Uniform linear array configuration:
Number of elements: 4
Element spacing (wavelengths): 0.25
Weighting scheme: hann
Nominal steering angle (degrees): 15
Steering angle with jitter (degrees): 15.308
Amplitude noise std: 0.05
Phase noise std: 0.05

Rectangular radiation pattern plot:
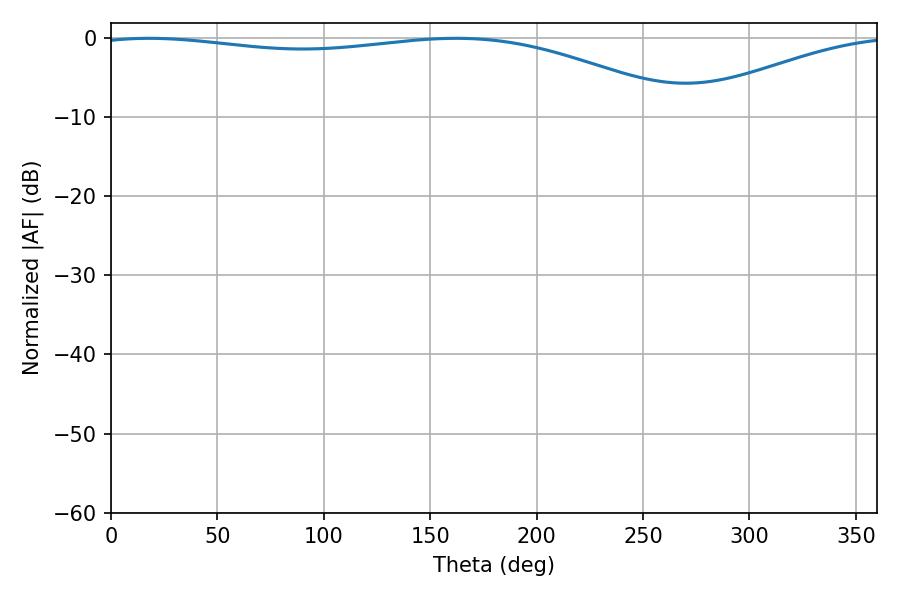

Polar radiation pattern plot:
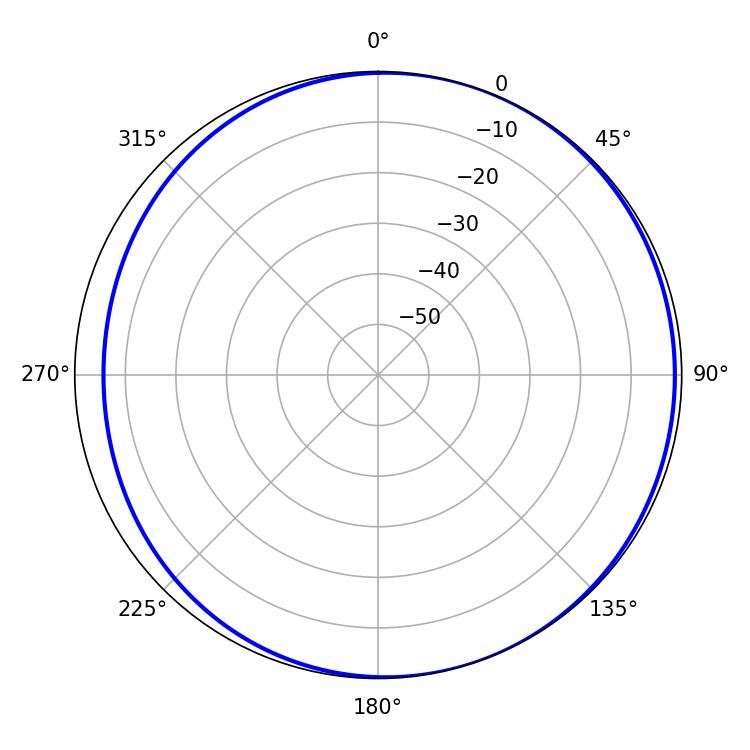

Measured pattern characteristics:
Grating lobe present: FALSE
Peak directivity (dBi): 3.857
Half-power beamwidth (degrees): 223.92
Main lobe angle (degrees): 17.82